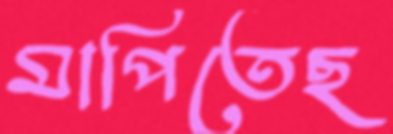
মাপিতেছ